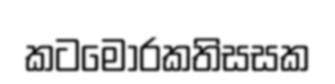
කටමොරකතිසසක